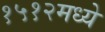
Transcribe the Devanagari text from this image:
१५१२मध्ये